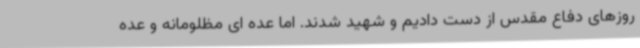
روزهای دفاع مقدس از دست دادیم و شهید شدند. اما عده ای مظلومانه و عده